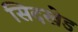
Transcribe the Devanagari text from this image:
सिदखेड